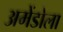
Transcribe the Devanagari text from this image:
अमेंडोला